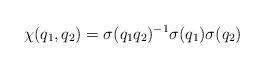
LaTeX: \begin{align*}\chi(q_{1},q_{2})=\sigma(q_{1}q_{2})^{-1}\sigma(q_{1})\sigma(q_{2})\end{align*}